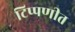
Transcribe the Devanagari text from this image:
टिप्पणीत